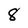
Character: 8